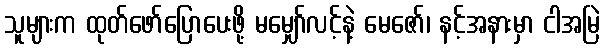
သူများက ထုတ်ဖော်ပြောပေးဖို့ မမျှော်လင့်နဲ့ မေဇော်၊ နင့်အနားမှာ ငါအမြဲ